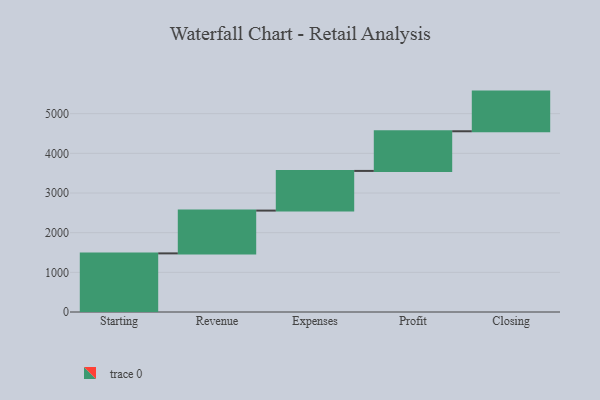
{"axis": {"x": "Step", "y": "Value"}, "legend": [""], "data": [{"x": "Starting", "y": 1478.0, "type": ""}, {"x": "Revenue", "y": 1079.0, "type": ""}, {"x": "Expenses", "y": 1000, "type": ""}, {"x": "Profit", "y": 1000, "type": ""}, {"x": "Closing", "y": 1000, "type": ""}]}